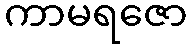
ကာမရဇော